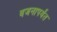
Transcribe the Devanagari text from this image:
वजनापर्यंत